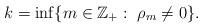
LaTeX: \begin{align*}k=\inf\{m\in \mathbb{Z}_+:~\rho_m\neq 0\}.\end{align*}